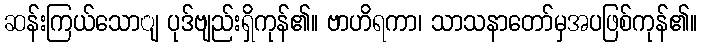
ဆန်းကြယ်သောျ ပုဒ်ဗျည်းရှိကုန်၏။ ဗာဟိရကာ၊ သာသနာတော်မှအပဖြစ်ကုန်၏။